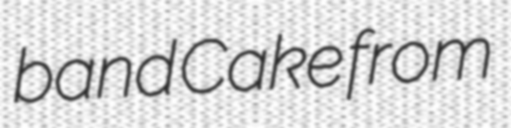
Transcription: band Cake from